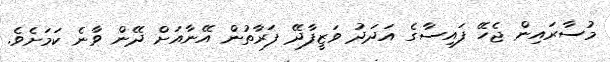
މުސާރައިން ޖެހޭ ފައިސާގެ އަދަދު ވަޒީފާދޭ ފަރާތުން އޭނާއަށް ދޭން ވާނެ ކަމަށެވެ.